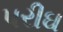
પરીઘ